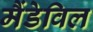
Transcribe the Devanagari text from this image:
मैंडेविल